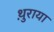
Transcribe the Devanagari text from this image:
थ़ुराया